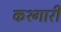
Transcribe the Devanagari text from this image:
कश्गारी